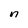
Character: n